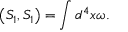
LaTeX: \left( S _ { 1 } , S _ { 1 } \right) = \int d ^ { 4 } x \omega .